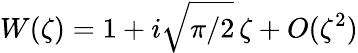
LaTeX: W(\zeta)=1+i\sqrt{\pi/2}\, \zeta+O(\zeta^{2})